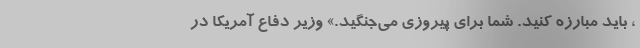
، باید مبارزه کنید. شما برای پیروزی می‌جنگید.» وزیر دفاع آمریکا در